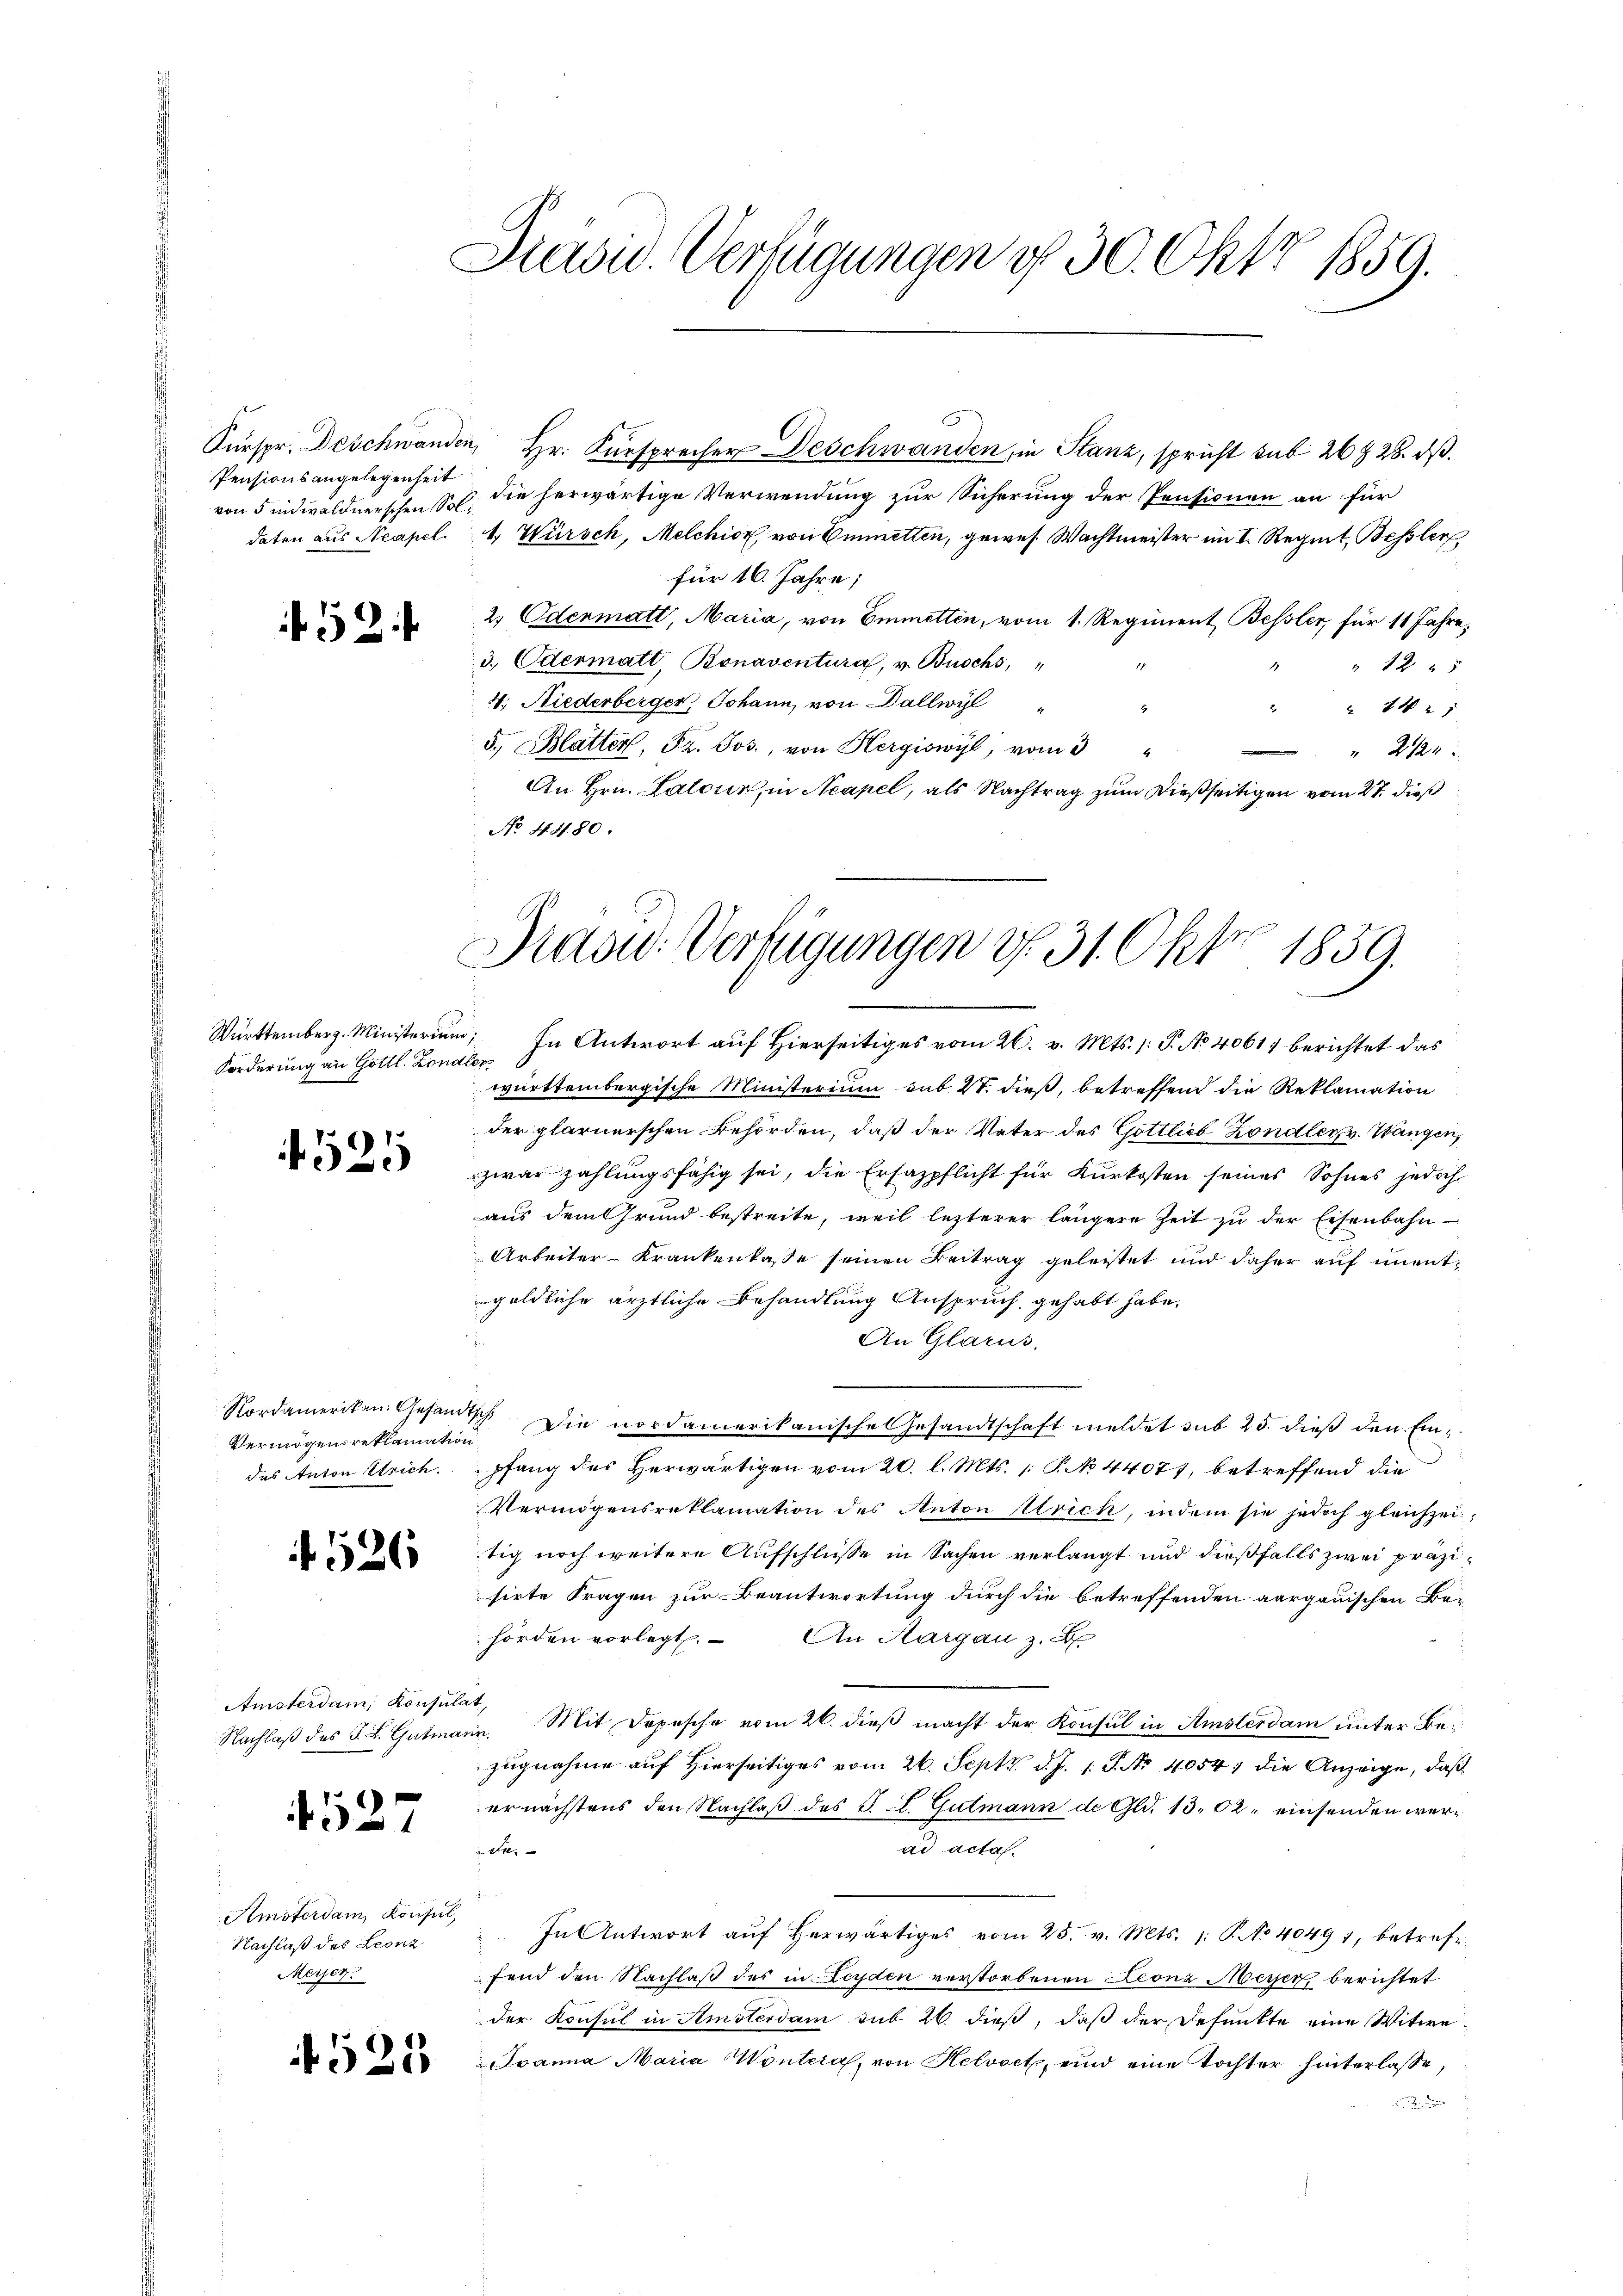
Pensionsangelegenheit
daten aus Neapel.

452.

Württemberg. Ministerium
Forderung an Göttl. Londi

4525

Nordamerikan. Gesand¬
Vermögens reklamation
das Anton Strich.

f 520

Amsterdam, Konsul
Nachlaß des J. L. Gutmas

1
5

Amsterdam Konsul,
Nachlaß des Leonz
Merjen

4525

Brasid. Verfügungen § 30. Okt 1859.

Fürspr. Deschwanden Hr. Fürsprecher Deschwanden, in Stanz, spricht sub 26 § 28. ds.
von 5 indwaldnerschen S. die herwärtige Verwendung zur Sicherung der Pensionen an für
4. Würsch, Melchior, von Emmetten, gewes. Wachtmeister im I. Regut Bessler
für 16. Jahre;
2) Odenmatt, Maria, von Emmetten, vom 1. Regiment Bessler, für 11 Jahre,
3. Odermatt, Bonaventura, v. Buschs, "
12 5
4. Niederberger, Johann, von Dallwyl
 441.
5., Blätter, Fr. Jos., von Hergiswyl, vom 3
An Hrn. Latour, in Neapel, als Nachtrag zum dießseitigen vom 27. dieß
No 44. 80.

Präsid. Verfügungen d. 31. Okt 1859.

) In Antwort auf Hierseitiges vom 26. v. Mts. (: P. No 4061) berichtet das
Cep
württembergische Ministerium sub 27. dieß, betreffend die Reklamation
der plarnerschen Behörden, daß der Vater des Gottlieb Zondler, v. Wangen,
zwar zahlungsfähig sei, die Ersazpflicht für Kurkosten seines Sohnes jedoch
aus dem Grund bestreite, weil lezterer längere Zeit zu der Eisenbahn-
Arbeiter-Krankenkasse seinen Beitrag geleistet und daher auf unentgeldliche ärztliche Behandlung Anspruch gehabt habe.
An Glarus.
Ich. Die nordamerikanische Gesandtschaft meldet sub 25. dieß den Einpfang des Herwärtigen vom 20. l. Mts. 1 P. No 44077, betreffend die
Vermögensreklamation des Anton Ulrich, indem sie jedoch gleichzei
tig noch weitere Aufschlüße in Sachen verlangt und dießfalls zwei präzisirte Fragen zur Beantwortung durch die betreffenden aargauischen Be-
hörden vorlegt. An Aargau z.
at
Mit Depesche vom 26. dieß macht der Konsul in Amsterdam unter Be¬
1247.
zugnahme auf Hierseitiges vom 26. Sept. d. J. 1. P. No 4054. die Anzeige, daß
ernächstens den Nachlaß des J. L. Gutmann de Gld. 13. 62. einsenden werad acta.
uen,
In Antwort aŭf herwärtiges vom 25. v. Mts. 1. P. No 40497, betrefe
fend den Nachlaß des in Leyden verstorbenen Leonz Meyer, berichtet
der Konsul in Amsterdam sub 26. dieß, daß der Gesunkte eine Witwe
Svanna Maria Wontera, von Helvoet, und eine Tochter hinterlasse,

" 2122